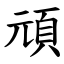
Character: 頑